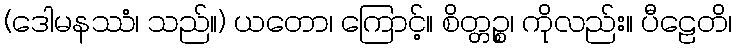
(ဒေါမနဿံ၊ သည်။) ယတော၊ ကြောင့်။ စိတ္တဉ္စ၊ ကိုလည်း။ ပီဠေတိ၊